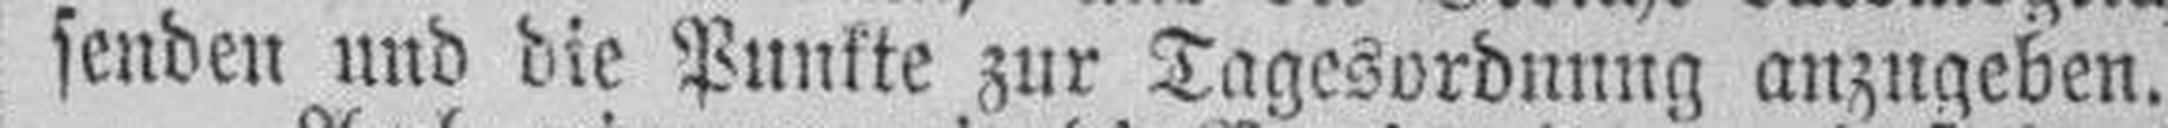
senden und die Punkte zur Tagesordnung anzugeben.